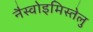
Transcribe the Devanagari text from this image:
नैस्वोइमिस्तेलु